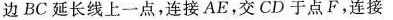
边BC延长线上一点，连接AE，交CD于点F，连接